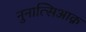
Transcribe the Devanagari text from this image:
नुनात्सिआक़